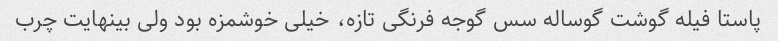
پاستا فیله گوشت گوساله سس گوجه فرنگی تازه، خیلی خوشمزه بود ولی بینهایت چرب